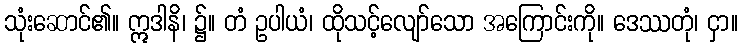
သုံးဆောင်၏။ ဣဒါနိ၊ ၌။ တံ ဥပါယံ၊ ထိုသင့်လျော်သော အကြောင်းကို။ ဒေဿတုံ၊ ငှာ။